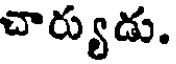
చార్యుడు.